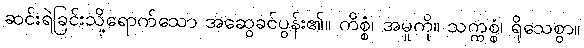
ဆင်းရဲခြင်းသို့ရောက်သော အဆွေခင်ပွန်း၏။ ကိစ္စံ၊ အမှုကို။ သက္ကစ္စံ၊ ရိုသေစွာ။